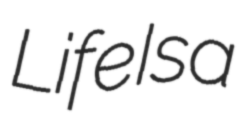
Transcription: Life Is a